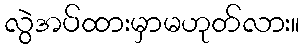
လွဲအပ်ထားမှာမဟုတ်လား။